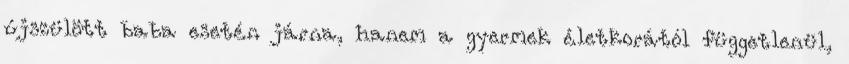
újszülött baba esetén járna, hanem a gyermek életkorától függetlenül,